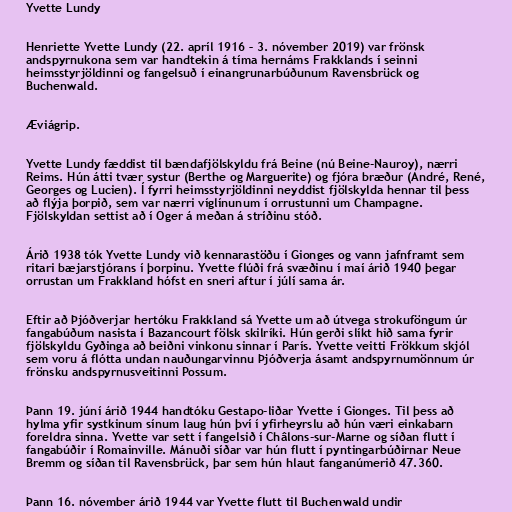
Yvette Lundy

Henriette Yvette Lundy (22. apríl 1916 – 3. nóvember 2019) var frönsk
andspyrnukona sem var handtekin á tíma hernáms Frakklands í seinni
heimsstyrjöldinni og fangelsuð í einangrunarbúðunum Ravensbrück og
Buchenwald.

Æviágrip.

Yvette Lundy fæddist til bændafjölskyldu frá Beine (nú Beine-Nauroy), nærri
Reims. Hún átti tvær systur (Berthe og Marguerite) og fjóra bræður (André, René,
Georges og Lucien). Í fyrri heimsstyrjöldinni neyddist fjölskylda hennar til þess
að flýja þorpið, sem var nærri víglínunum í orrustunni um Champagne.
Fjölskyldan settist að í Oger á meðan á stríðinu stóð.

Árið 1938 tók Yvette Lundy við kennarastöðu í Gionges og vann jafnframt sem
ritari bæjarstjórans í þorpinu. Yvette flúði frá svæðinu í maí árið 1940 þegar
orrustan um Frakkland hófst en sneri aftur í júlí sama ár.

Eftir að Þjóðverjar hertóku Frakkland sá Yvette um að útvega strokuföngum úr
fangabúðum nasista í Bazancourt fölsk skilríki. Hún gerði slíkt hið sama fyrir
fjölskyldu Gyðinga að beiðni vinkonu sinnar í París. Yvette veitti Frökkum skjól
sem voru á flótta undan nauðungarvinnu Þjóðverja ásamt andspyrnumönnum úr
frönsku andspyrnusveitinni Possum.

Þann 19. júní árið 1944 handtóku Gestapo-liðar Yvette í Gionges. Til þess að
hylma yfir systkinum sínum laug hún því í yfirheyrslu að hún væri einkabarn
foreldra sinna. Yvette var sett í fangelsið í Châlons-sur-Marne og síðan flutt í
fangabúðir í Romainville. Mánuði síðar var hún flutt í pyntingarbúðirnar Neue
Bremm og síðan til Ravensbrück, þar sem hún hlaut fanganúmerið 47.360.

Þann 16. nóvember árið 1944 var Yvette flutt til Buchenwald undir